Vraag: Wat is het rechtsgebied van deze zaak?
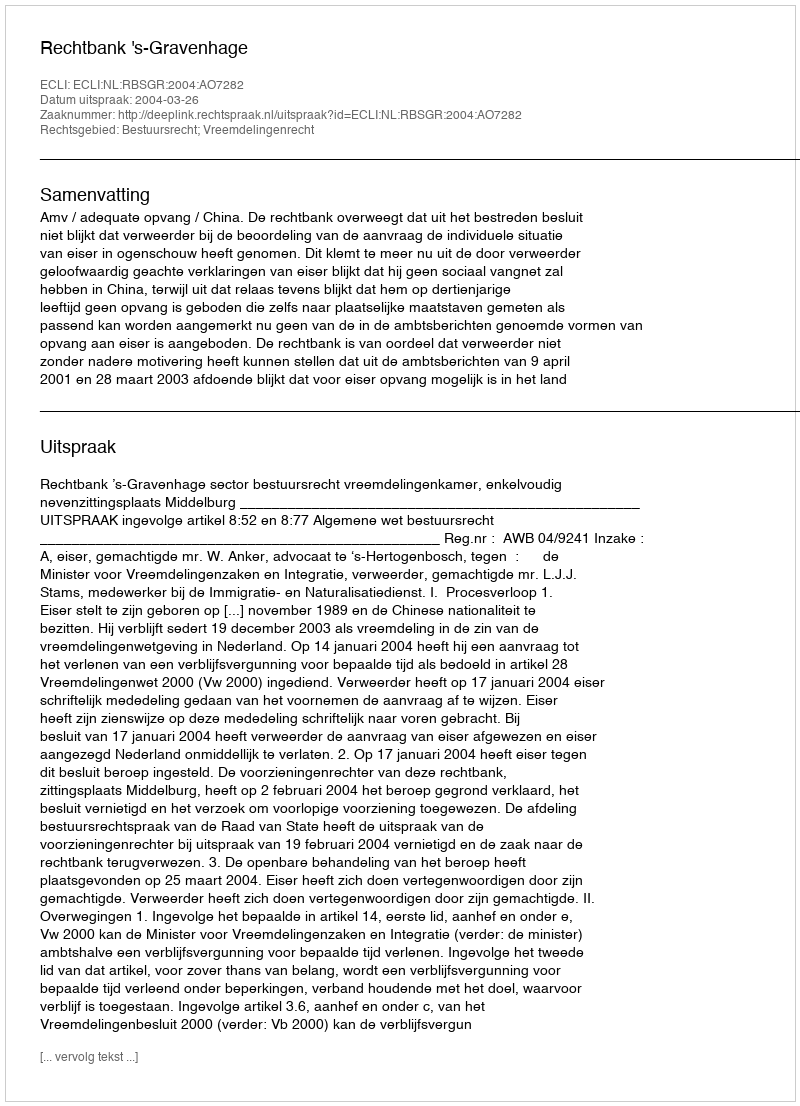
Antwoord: Bestuursrecht; Vreemdelingenrecht